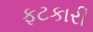
ફટકારી